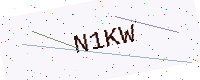
Text: N1KW